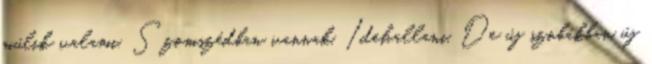
múlik valami. Szomszédban vannak. Idehallani, De új szobákban új